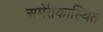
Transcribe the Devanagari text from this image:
अमेरीकास्थित